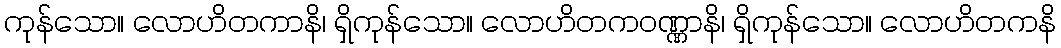
ကုန်သော။ လောဟိတကာနိ၊ ရှိကုန်သော။ လောဟိတကဝဏ္ဏာနိ၊ ရှိကုန်သော။ လောဟိတကနိ